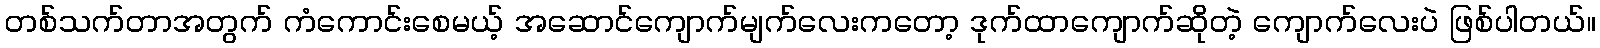
တစ်သက်တာအတွက် ကံကောင်းစေမယ့် အဆောင်ကျောက်မျက်လေးကတော့ ဒုက်ထာကျောက်ဆိုတဲ့ ကျောက်လေးပဲ ဖြစ်ပါတယ်။